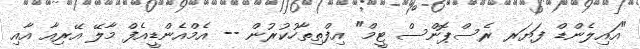
"އައިލެންޑް ފަޔަރ ރެސްޕޮންސް ޓީމް" އިފްތިތާހުކުރުން -- އެމްއެންޑީއެފް މާލޭ އޭރިއާ އާއި